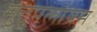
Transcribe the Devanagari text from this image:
मुत्तुपलायम